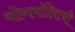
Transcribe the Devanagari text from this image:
योगमंदिराची